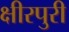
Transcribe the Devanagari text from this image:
क्षीरपुरी